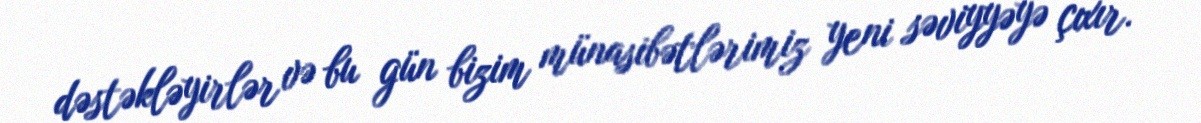
dəstəkləyirlər və bu gün bizim münasibətlərimiz yeni səviyyəyə çıxır.